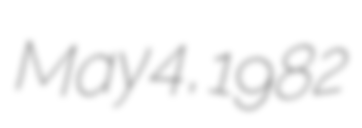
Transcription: May 4, 1982